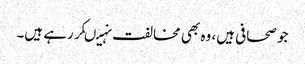
جو صحافی ہیں، وہ بھی مخالفت نہیںکر رہے ہیں۔